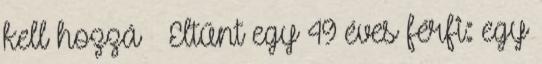
kell hozzá » Eltűnt egy 49 éves férfi: egy